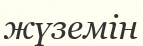
жүземін